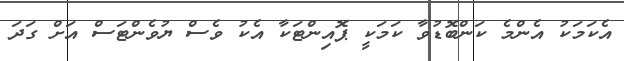
އެކަމަކު އެންމެ ކަންބޮޑުވާ ކަމަކީ ޕޮއިންޓަކާ އެކު ވެސް ޔުވެންޓަސް އަށް ގަދަ